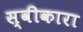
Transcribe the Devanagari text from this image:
स्‍वीकारा